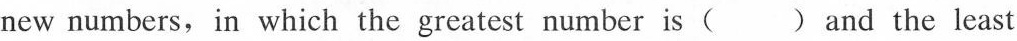
new numbers, in which the greatest number is () and the least